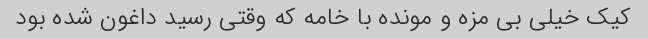
کیک خیلی بی مزه و مونده با خامه که وقتی رسید داغون شده بود